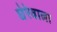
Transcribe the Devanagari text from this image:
घेरेवाला